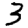
Digit: 3